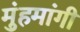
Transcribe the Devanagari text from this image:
मुंहमांगी